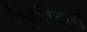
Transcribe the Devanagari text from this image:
निवॄत्तिदासु